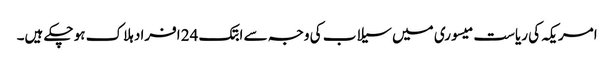
امریکہ کی ریاست میسوری میں سیلاب کی وجہ سے ابتک 24 افراد ہلاک ہو چکے ہیں۔